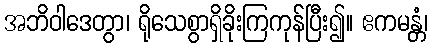
အဘိဝါဒေတွာ၊ ရိုသေစွာရှိခိုးကြကုန်ပြီး၍။ ဧကမန္တံ၊